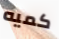
كميه